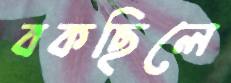
বকছিলে